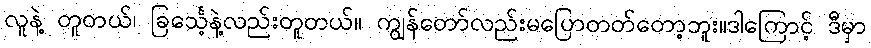
လူနဲ့ တူတယ်၊ ခြင်္သေ့နဲ့လည်းတူတယ်။ ကျွန်တော်လည်းမပြောတတ်တော့ဘူး။ဒါကြောင့် ဒီမှာ